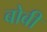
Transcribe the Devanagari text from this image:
बोबी